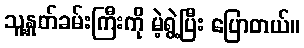
သူ့နှုတ်ခမ်းကြီးကို မဲ့ရွဲ့ပြီး ပြောတယ်။